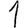
Digit: 1